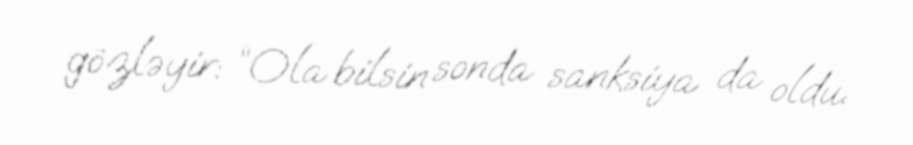
gözləyir: “Ola bilsin sonda sanksiya da oldu.